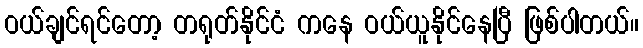
ဝယ်ချင်ရင်တော့ တရုတ်နိုင်ငံ ကနေ ဝယ်ယူနိုင်နေပြီ ဖြစ်ပါတယ်။